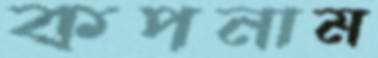
কপনাম